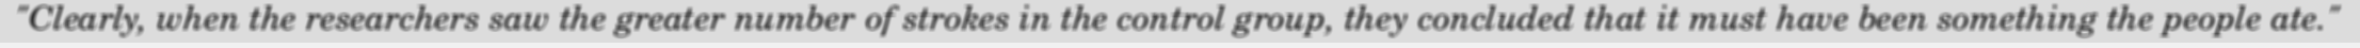
"Clearly, when the researchers saw the greater number of strokes in the control group, they concluded that it must have been something the people ate."